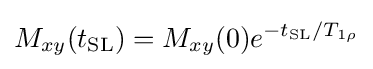
M_{xy}(t_{\rm {SL}})=M_{xy}(0)e^{-t_{\rm {SL}}/T_{1\rho }}